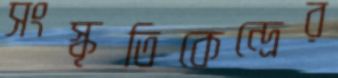
সংস্কৃতিকেন্দ্রের